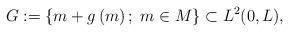
LaTeX: \begin{align*}G:=\left\{ m+g\left( m\right);\; m\in M\right\}\subset L^2(0,L), \end{align*}